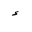
Letter: _hamza